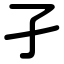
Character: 孑